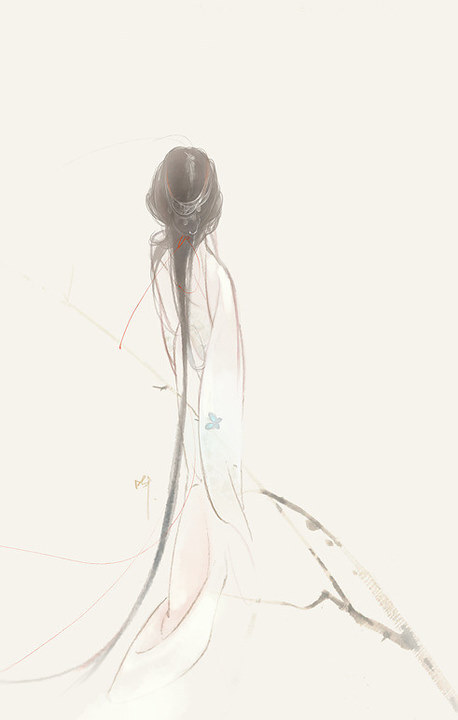
如今却忆江南乐，当时年少春衫薄。